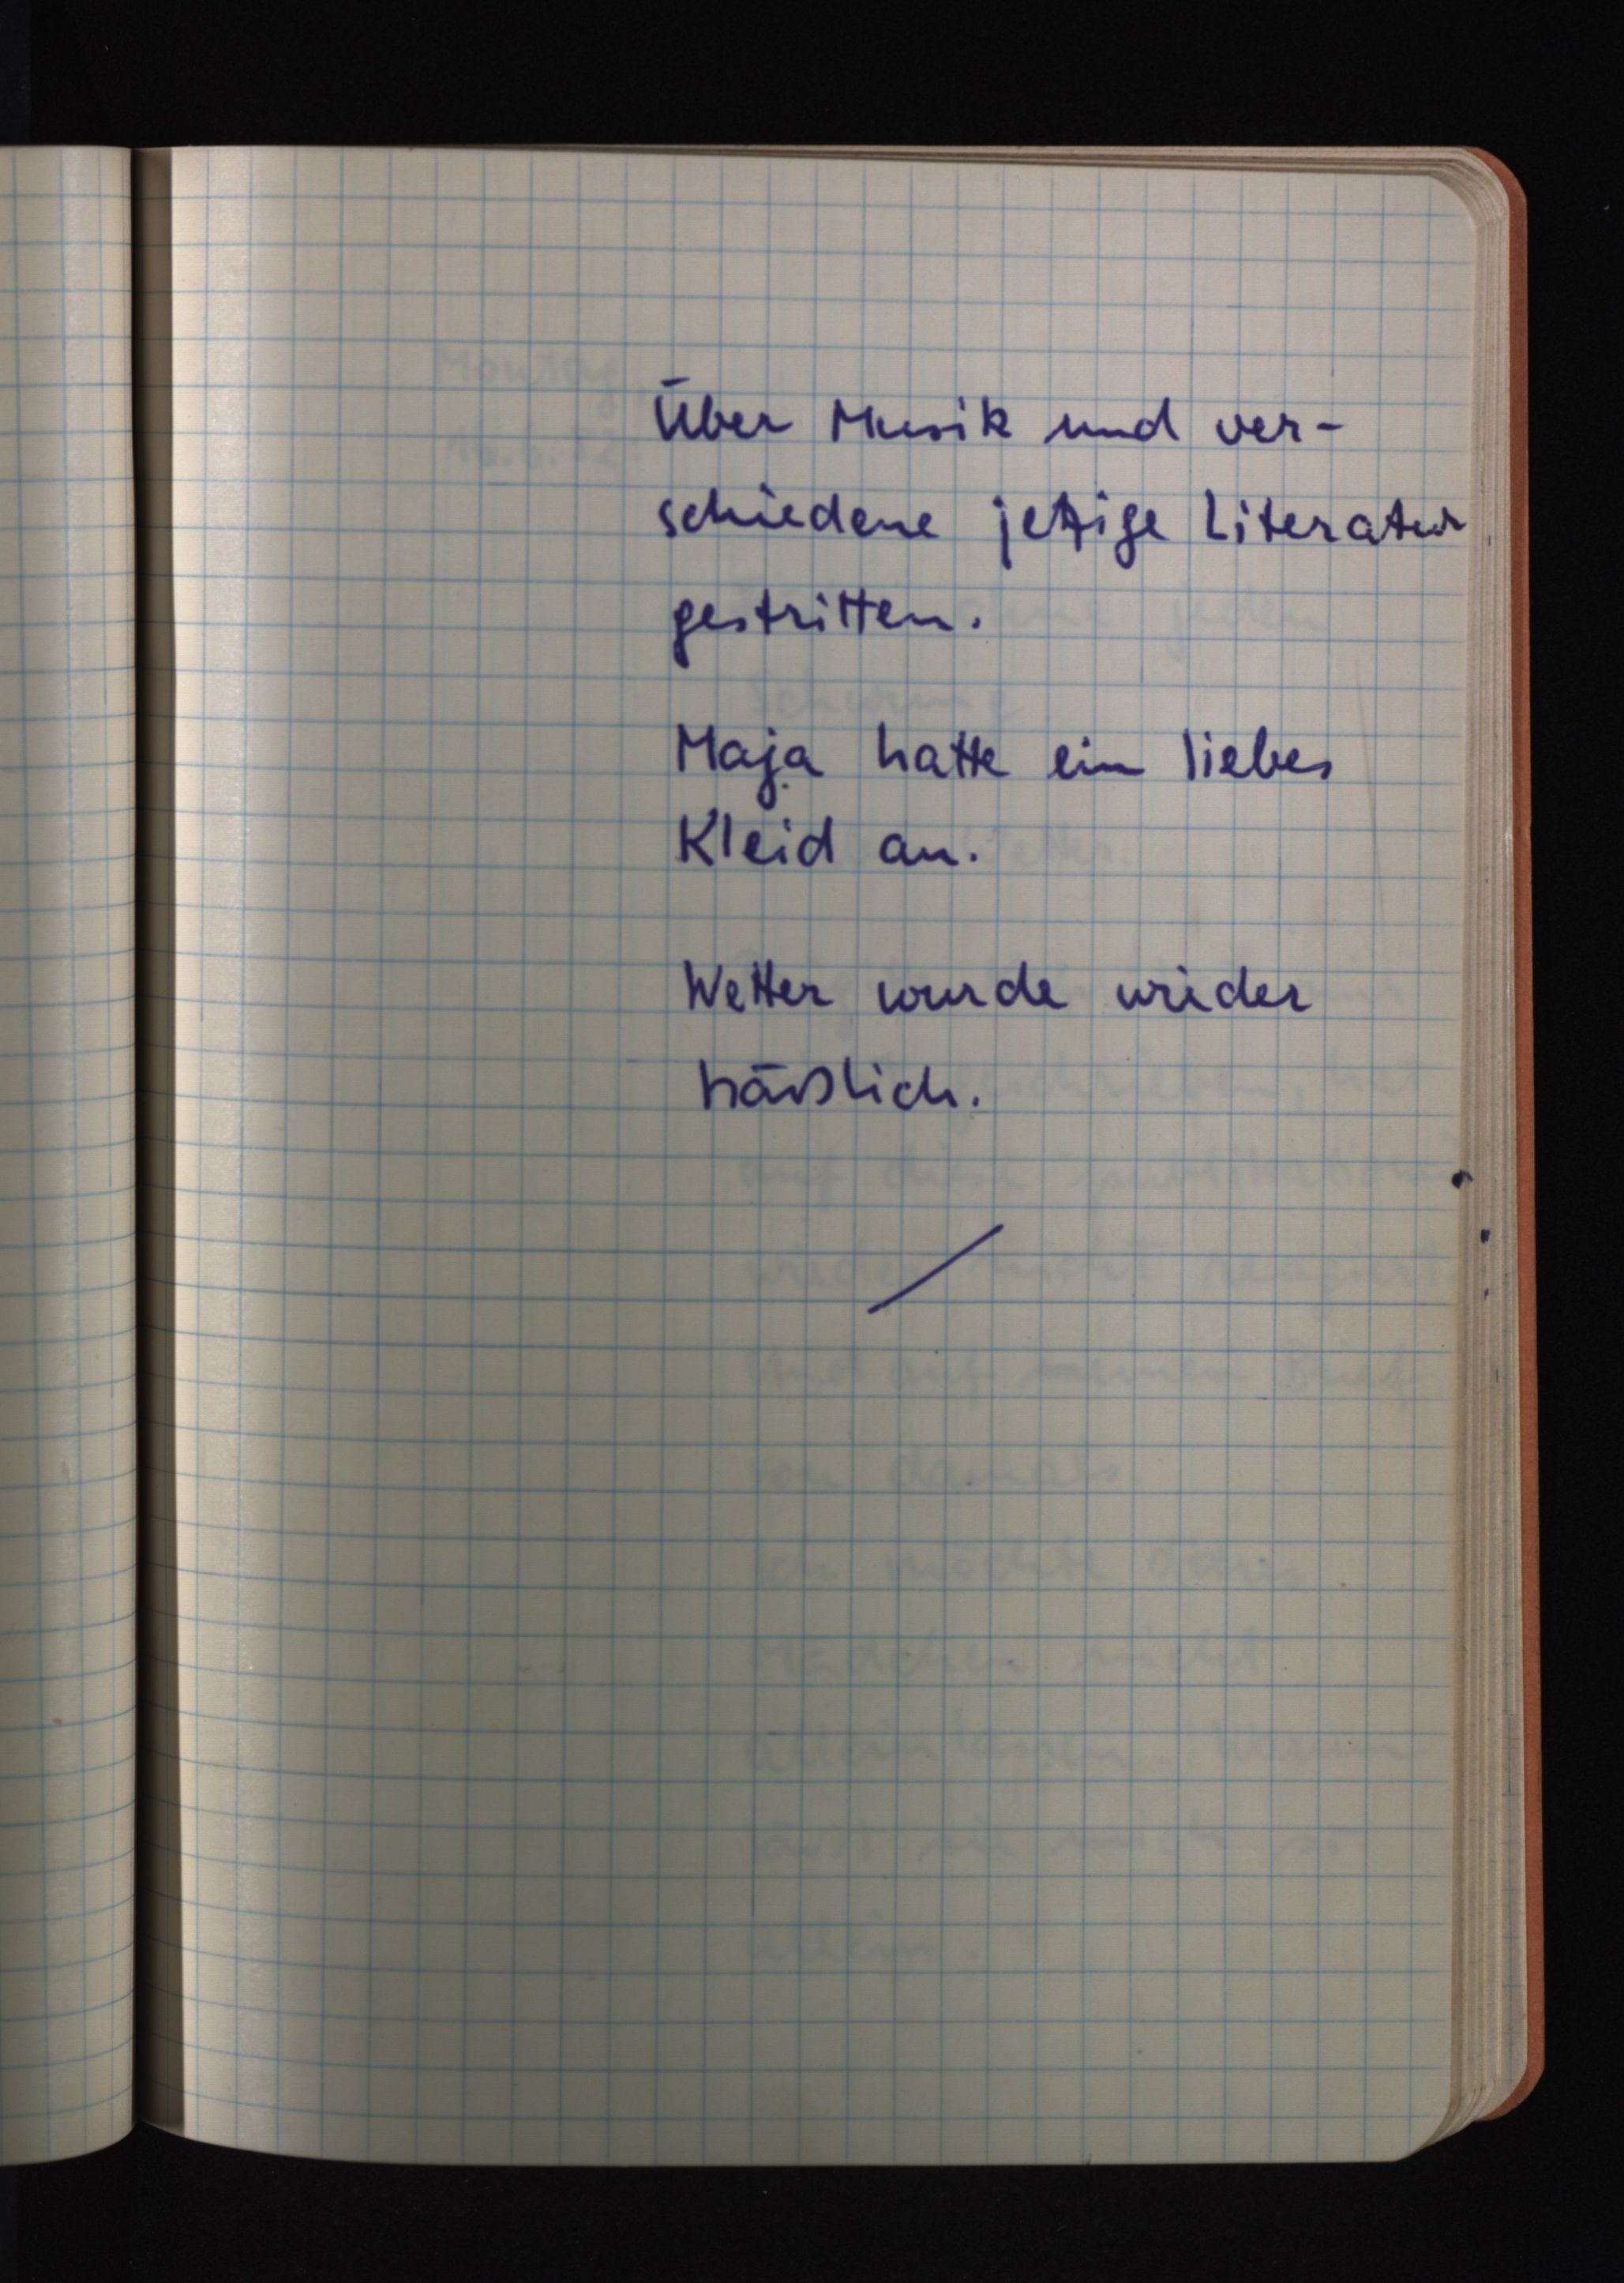
Über Musik und ver¬
schiedene jetzige Literatur
gestritten.
Maja hatte ein liebes
Kleid an.
Wetter wurde wieder
häßlich.